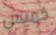
خميس